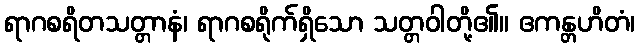
ရာဂစရိတသတ္တာနံ၊ ရာဂစရိုက်ရှိသော သတ္တဝါတို့၏။ ဧကန္တဟိတံ၊